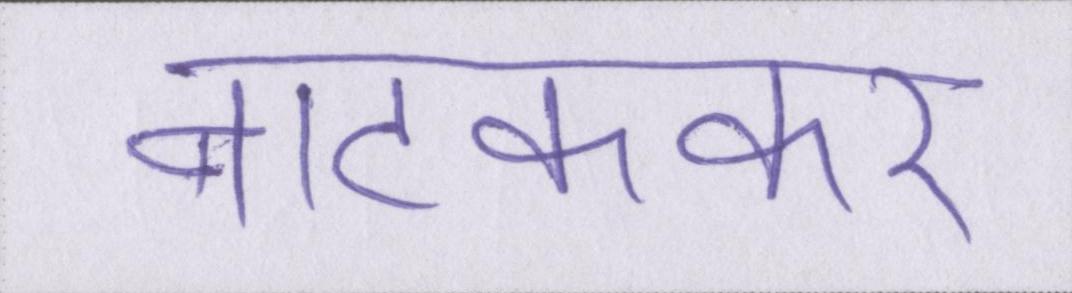
नाटककार